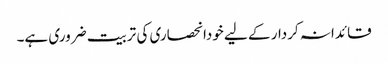
قائدانہ کردار کے لیے خودانحصاری کی تربیت ضروری ہے۔